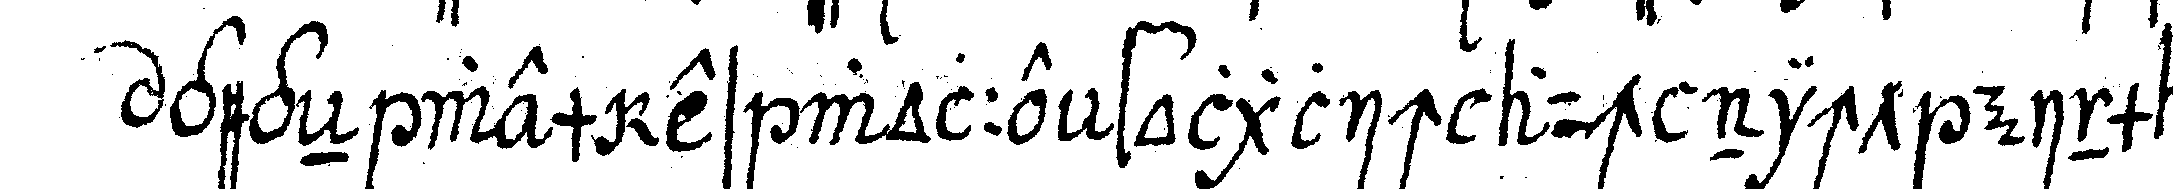
gegeN wem es wolle folglich auch nicht einmahl